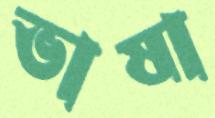
ভাষা